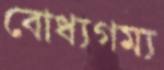
বোধ্যগম্য